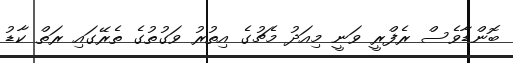
ބޮންޑާވެސް ރެފްރީ ވަނީ މިއަދު މެޗުގެ އިތުރު ވަގުތުގެ ތެރޭގައި ރަތް ކާޑު